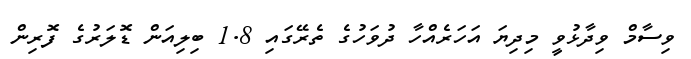
ވިސާމް ވިދާޅުވީ މިދިޔަ އަހަރެއްހާ ދުވަހުގެ ތެރޭގައި 1.8 ބިލިއަން ޑޮލަރުގެ ފޮރިން